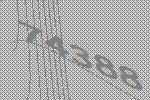
74388